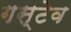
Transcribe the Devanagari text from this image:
गस्टेव